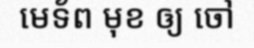
មេទ័ព មុខ ឲ្យ ចៅ